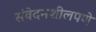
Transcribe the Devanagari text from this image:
संवेदनशीलपणे